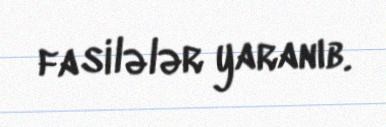
fasilələr yaranıb.